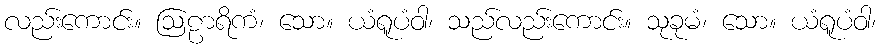
လည်းကောင်း။ ဩဠာရိကံ၊ သော။ ယံရူပံဝါ၊ သည်လည်းကောင်း။ သုခုမံ၊ သော။ ယံရူပံဝါ၊